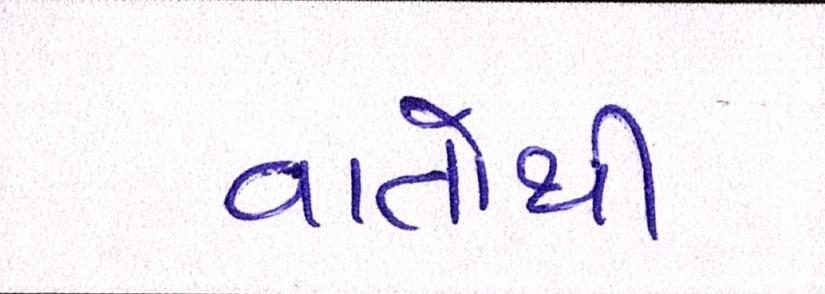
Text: વાતોથી